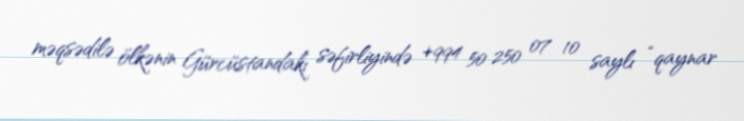
məqsədilə ölkənin Gürcüstandakı səfirliyində +994 50 250 07 10 saylı “qaynar